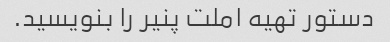
دستور تهیه املت پنیر را بنویسید.